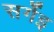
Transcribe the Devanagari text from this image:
सर्गेइ